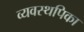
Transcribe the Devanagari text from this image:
व्यवस्थपिका